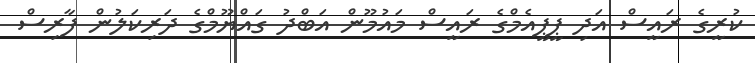
ކުރީގެ ރައީސް އަދި ޕީޕީއެމްގެ ރައީސް މައުމޫން އަބްދު ގައްޔޫމްގެ ދަރިކަލުން ފާރިސް